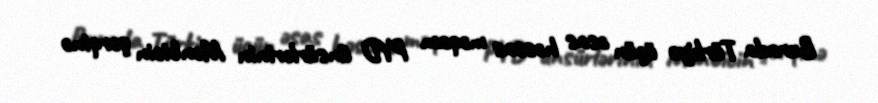
Burada Türkiyə üçün əsas həssas məqam PYD ünsürlərinin Mənbicin şərqinə